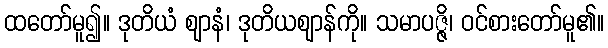
ထတော်မူ၍။ ဒုတိယံ ဈာနံ၊ ဒုတိယဈာန်ကို။ သမာပဇ္ဇိ၊ ဝင်စားတော်မူ၏။